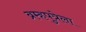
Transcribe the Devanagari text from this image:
ब्रम्हपुत्रेला